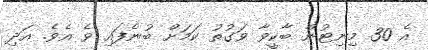
އެ 30 މިނިޓުން ބާކީވާ ވަގުތު ކަމަށް ބުނެފައި ވެ އެވެ. އަދި